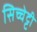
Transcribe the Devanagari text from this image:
सिच्चेट्टी